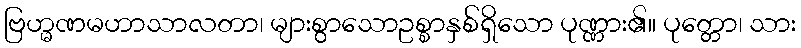
ဗြဟ္မဏမဟာသာလတာ၊ များစွာသောဥစ္စာနှစ်ရှိသော ပုဏ္ဏား၏။ ပုတ္တော၊ သား